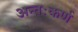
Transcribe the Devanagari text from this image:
अन्तःकर्ण